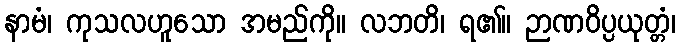
နာမံ၊ ကုသလဟူသော အမည်ကို။ လဘတိ၊ ရ၏။ ဉာဏဝိပ္ပယုတ္တံ၊